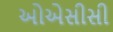
ઓએસીસી